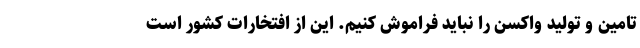
تامین و تولید واکسن را نباید فراموش کنیم. این از افتخارات کشور است